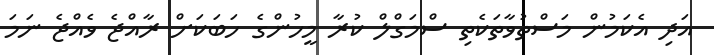
އަދި އެކަމުން މަސްތުވާތަކެތި ސްމަގްލް ކުރާ މީހުންގެ ހަބަކަށް ރާއްޖެ ވެއްޖެ ނަމަ